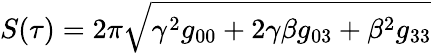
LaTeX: S(\tau)=2\pi\sqrt{\gamma^{2}g_{00}+2\gamma\beta g_{03}+\beta^{2}g_{33}}